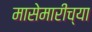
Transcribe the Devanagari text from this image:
मासेमारीच्या